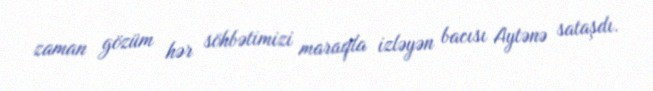
zaman gözüm hər söhbətimizi maraqla izləyən bacısı Aytənə sataşdı.